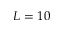
L = 1 0